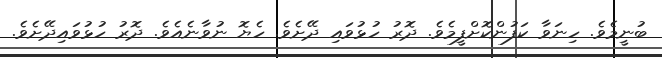
ބުނީމެވެ. ހިނަވާ ކަފުންކޮށްފީމެވެ. ދޮރު ހުޅުވައި ދޭށެވެ. ހެޔޮ ނުވާނެއެވެ. ދޮރު ހުޅުވައިދޭށެވެ.